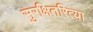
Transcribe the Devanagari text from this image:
सुरक्षितरित्या